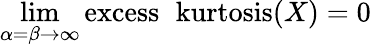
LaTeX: \operatorname*{lim}_{\alpha=\beta\to\infty}\operatorname{excess\ kurtosis}(X)=0